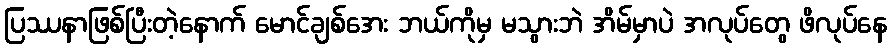
ပြဿနာဖြစ်ပြီးတဲ့နောက် မောင်ချစ်အေး ဘယ်ကိုမှ မသွားဘဲ အိမ်မှာပဲ အလုပ်တွေ ဖိလုပ်နေ